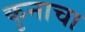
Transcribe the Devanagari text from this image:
कुनाचा